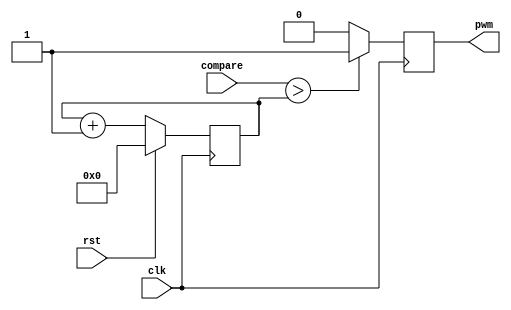
// pwm. 
// modified from embedded micro. 
module pwm#(parameter CTR_LEN = 8) (
	input clk,
	input rst, 
	input [CTR_LEN -1 :0] compare, 
	output pwm
	); 
	
	reg pwm_d, pwm_q; 
	reg [CTR_LEN -1 : 0] ctr_d, ctr_q; 
	
	assign pwm = pwm_q; 
	
	always @(*) begin 
	ctr_d = ctr_q + 1'b1; 
	
	if (compare > ctr_q)  // if 
		pwm_d = 1'b1; 
	else pwm_d = 1'b0; 
	end
	
	always @(posedge clk) begin 
		if (rst) begin 
				ctr_q <= 1'b0; 
			end else begin 
				ctr_q <= ctr_d; 
		end 
	
	pwm_q <= pwm_d; 
	end 
	
endmodule